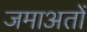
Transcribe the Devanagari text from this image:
जमाअतों